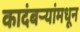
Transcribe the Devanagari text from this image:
कादंबऱ्यांमधून